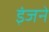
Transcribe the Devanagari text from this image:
इंजने